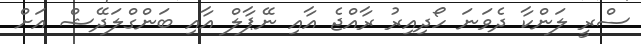
ސްރީ ލަންކާ ދެވަނަ ހޯދިއިރު ރާއްޖެ އާއި ނޭޕާލް އާއި ބަންގްލަދޭޝް އަށް